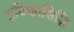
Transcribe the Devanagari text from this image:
गुटिकासिद्धि